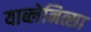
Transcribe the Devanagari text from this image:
याब्लेनित्सा